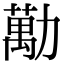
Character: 勱